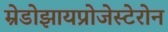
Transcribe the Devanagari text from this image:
म्रेडोझायप्रोजेस्टेरोन